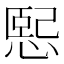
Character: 𢞍